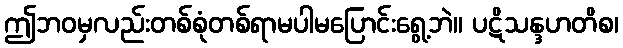
ဤဘဝမှလည်းတစ်စုံတစ်ရာမပါမပြောင်းရွေ့ဘဲ။ ပဋိသန္ဒဟတိစ၊